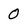
Character: 0